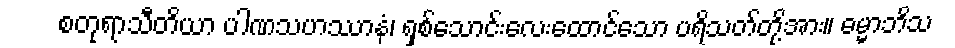
စတုရာသီတိယာ ပါဏသဟဿာနံ၊ ရှစ်သောင်းလေးထောင်သော ပရိသတ်တို့အား။ ဓမ္မာဘိသ